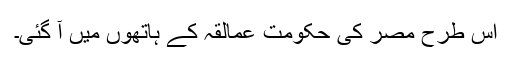
اس طرح مصر کی حکومت عمالقہ کے ہاتھوں میں آ گئی۔